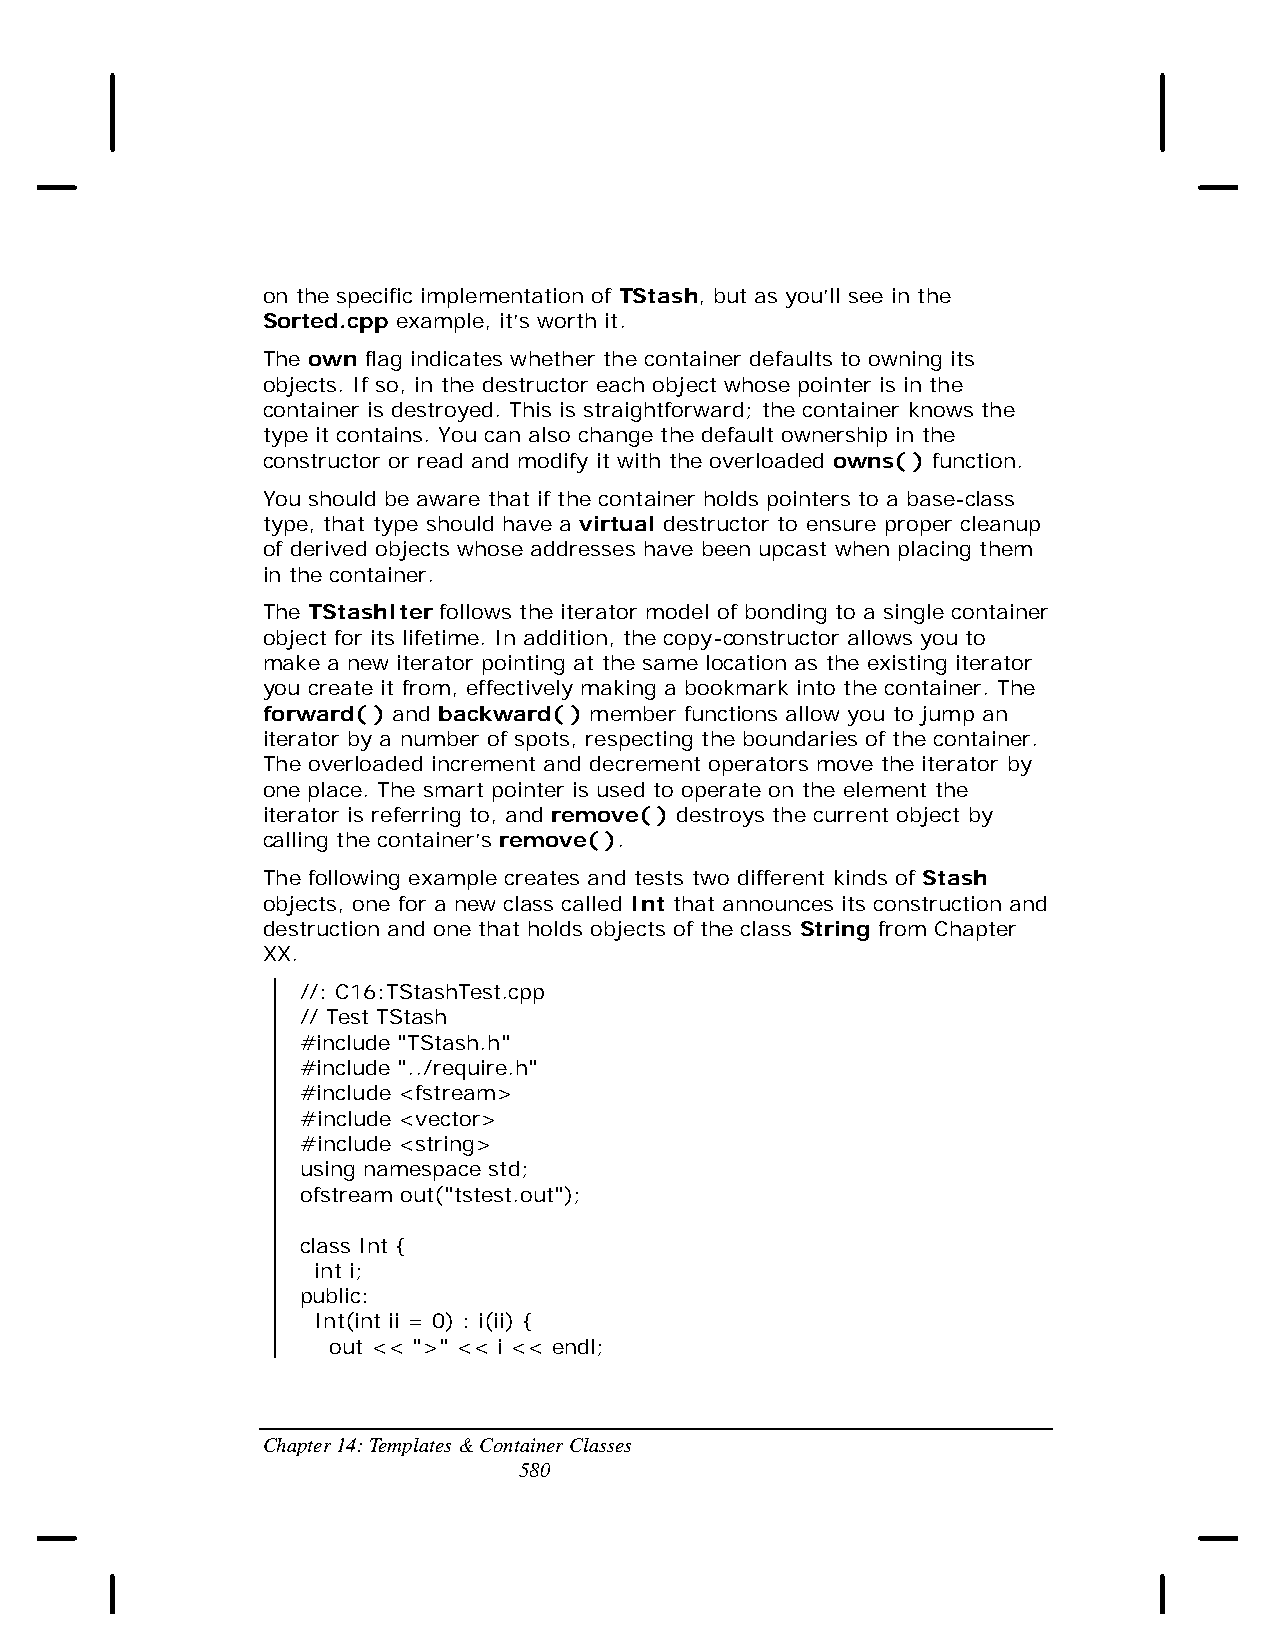
on the specific implementation of TStash, but as you’ll see in the
 Sorted.cpp example, it’s worth it.
 The own flag indicates whether the container defaults to owning its
 objects. If so, in the destructor each object whose pointer is in the
 container is destroyed. This is straightforward; the container knows the
 type it contains. You can also change the default ownership in the
 constructor or read and modify it with the overloaded owns( ) function.
 You should be aware that if the container holds pointers to a base-class
 type, that type should have a virtual destructor to ensure proper cleanup
 of derived objects whose addresses have been upcast when placing them
 in the container.
 The TStashIter follows the iterator model of bonding to a single container
 object for its lifetime. In addition, the copy-constructor allows you to
 make a new iterator pointing at the same location as the existing iterator
 you create it from, effectively making a bookmark into the container. The
 forward( ) and backward( ) member functions allow you to jump an
 iterator by a number of spots, respecting the boundaries of the container.
 The overloaded increment and decrement operators move the iterator by
 one place. The smart pointer is used to operate on the element the
 iterator is referring to, and remove( ) destroys the current object by
 calling the container’s remove( ).
 The following example creates and tests two different kinds of Stash
 objects, one for a new class called Int that announces its construction and
 destruction and one that holds objects of the class String from Chapter
 XX.
 //: C16:TStashTest.cpp
 // Test TStash
 #include "TStash.h"
 #include "../require.h"
 #include <fstream>
 #include <vector>
 #include <string>
 using namespace std;
 ofstream out("tstest.out");
 class Int {
 int i;
 public:
 Int(int ii = 0) : i(ii) {
 out << ">" << i << endl;
 Chapter 14: Templates & Container Classes
 580